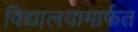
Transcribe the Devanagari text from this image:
विद्यालयामार्फत